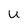
Character: U